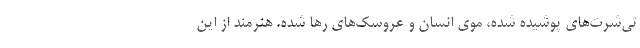
تی‌شرت‌های پوشیده شده، موی انسان و عروسک‌های رها شده. هنرمند از این